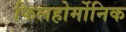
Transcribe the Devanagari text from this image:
फिलहोर्मोनिक